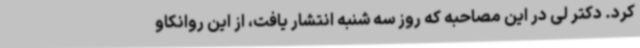
کرد. دکتر لی در این مصاحبه که روز سه شنبه انتشار یافت، از این روانکاو